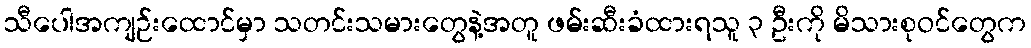
သီပေါအကျဉ်းထောင်မှာ သတင်းသမားတွေနဲ့အတူ ဖမ်းဆီးခံထားရသူ ၃ ဦးကို မိသားစုဝင်တွေက